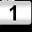
Digit: 1